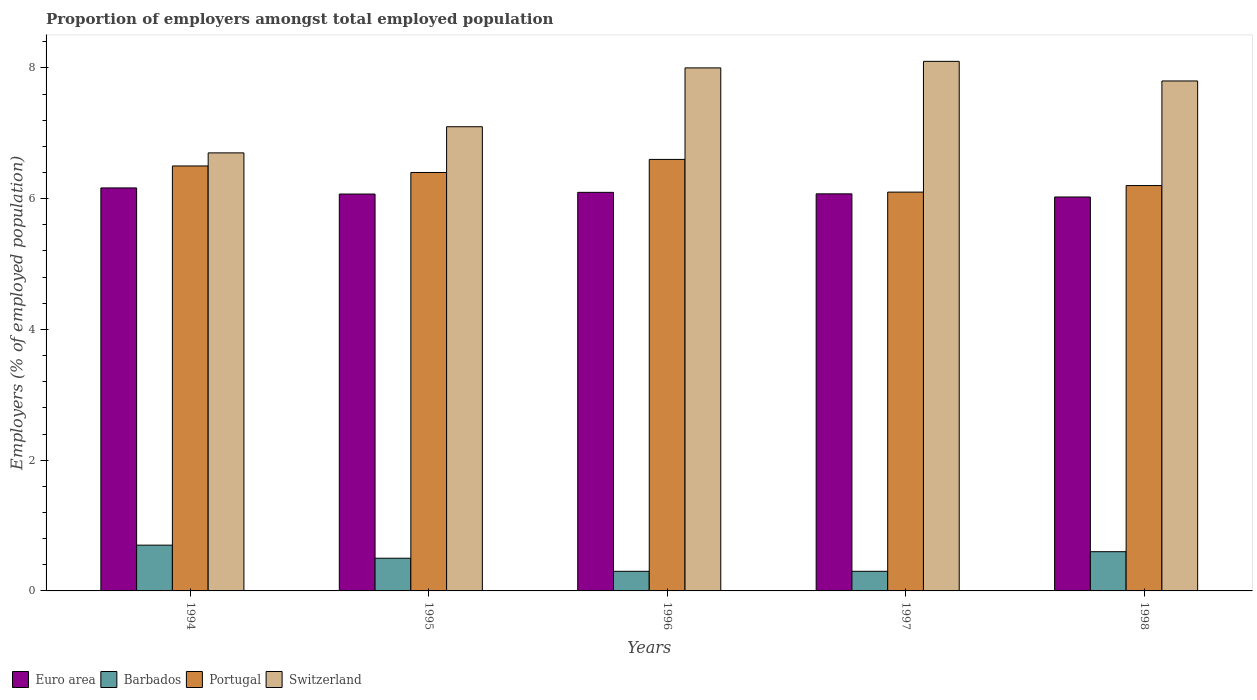
| Years | Euro area | Barbados | Portugal | Switzerland |
 | --- | --- | --- | --- | --- |
 | 1994 | 6.16 | 0.7 | 6.5 | 6.7 |
 | 1995 | 6.07 | 0.5 | 6.4 | 7.1 |
 | 1996 | 6.1 | 0.3 | 6.6 | 8 |
 | 1997 | 6.07 | 0.3 | 6.1 | 8.1 |
 | 1998 | 6.03 | 0.6 | 6.2 | 7.8 |